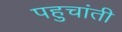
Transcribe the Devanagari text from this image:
पहुचांती